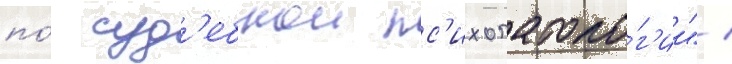
по́ суд'ебнои пс'ихопатоло́г'ии" /